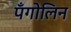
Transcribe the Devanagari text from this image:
पँगोलिन